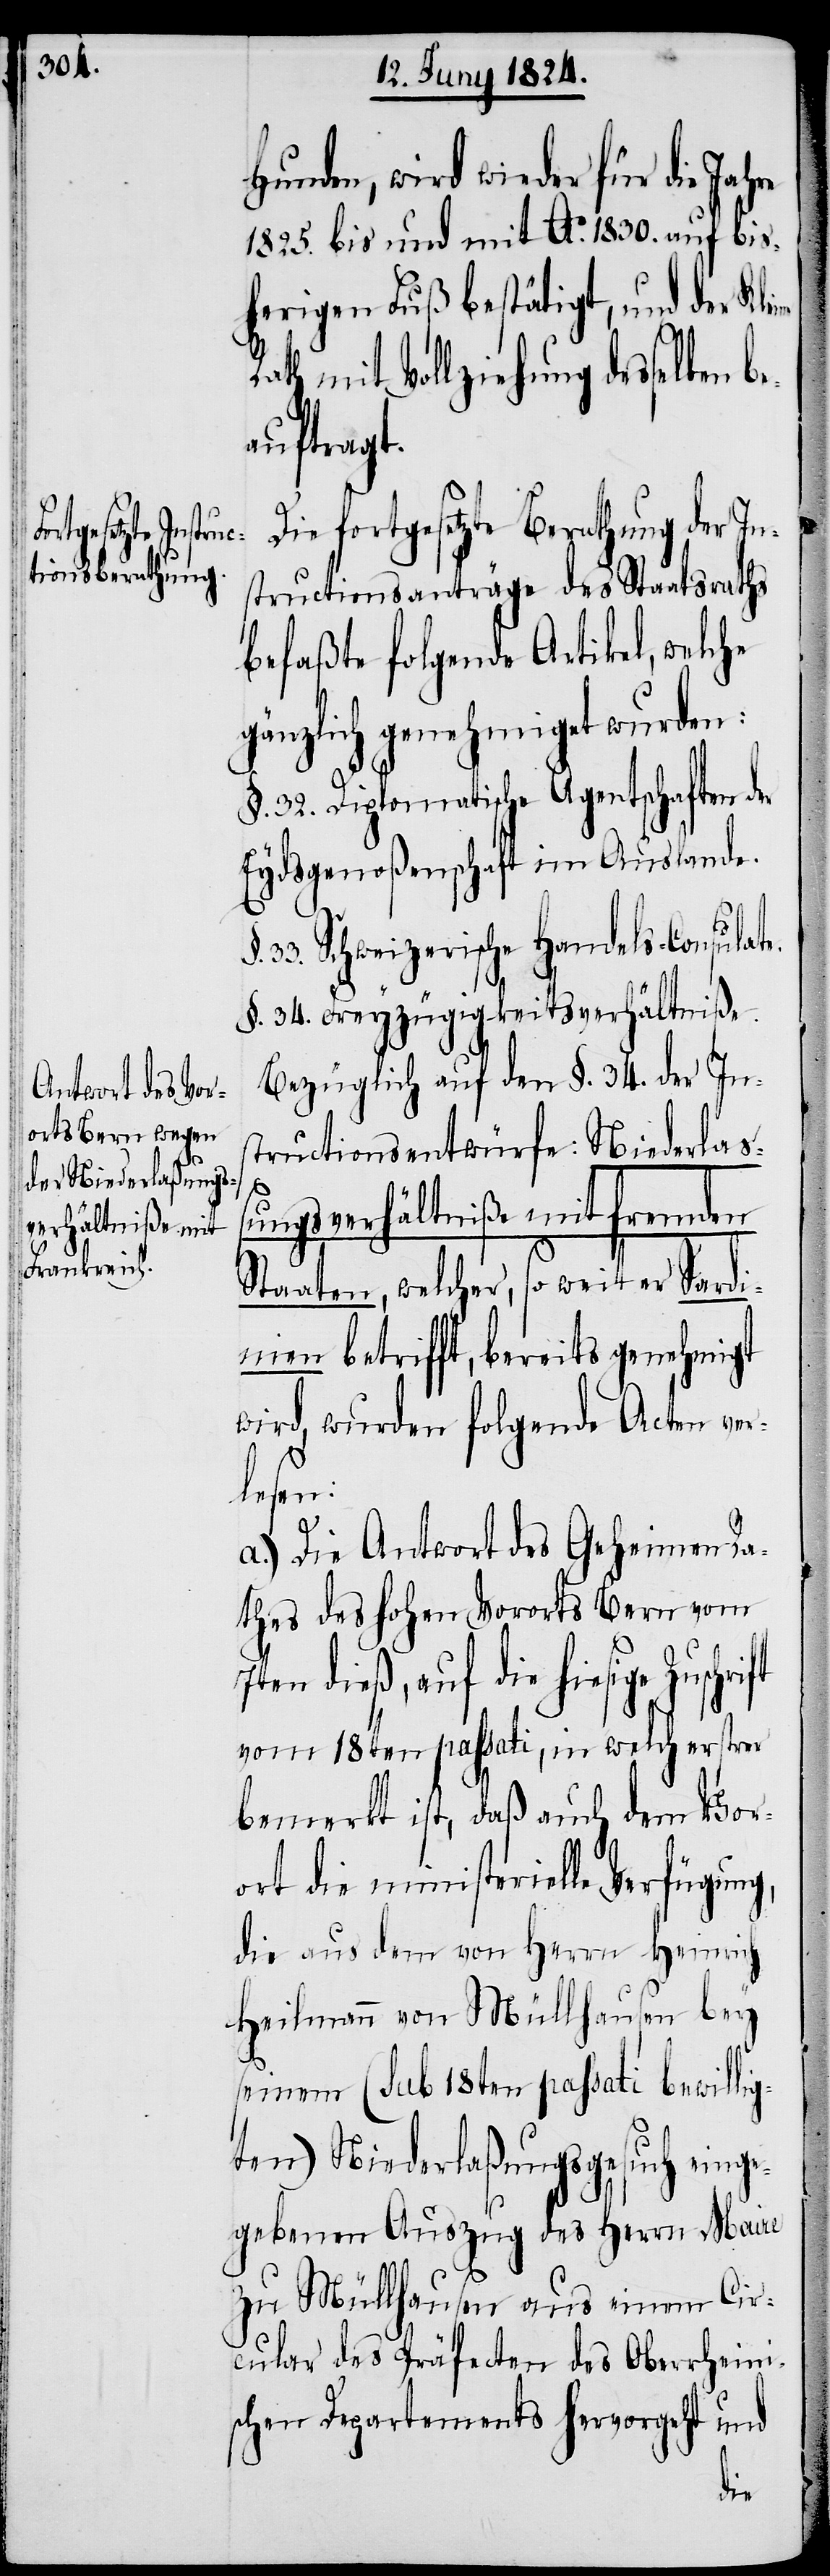
Hunden, wird wieder für die Jah¬
1825. bis und mit Ao. 1830. auf bis¬
herigen Fuß bestätigt, und der Kl¬
mit Vollziehung desselben b¬
eauftragt.
Die fortgesetzte Berathung der In¬
structionsanträge des Staatsraths
befaßte folgende Artikel, welche
gänzlich genehmiget wurden:
§. 32. Diplomatische Agentschaften d¬
Eydsgenoßenschaft im Auslande.
33. Schweizerische Handels-Consulat¬
§. 34. Freyzügigkeitsverhältniße.
Bezüglich auf dem §. 34. der Ins¬
tructionsentwürfe: Niederlaß¬
ungsverhältniße mit fremden
Staaten, welcher, so weit er Sardi¬
nien betrifft, bereits genehmigt
wird, wurden folgende Acten ver¬
lesen:
a.) Die Antwort des Geheimen Ra¬
thes des hohen Vororts Bern vom
auf die hiesige Zuschrift
vom 18ten passati, in welch erstrer
bemerkt ist, daß auch dem Vor¬
ort die ministerielle Verfügun¬
die aus dem von Herrn Heinrich
Heilmann von Müllhausen bey
seinem (sub 18ten passati bewilli¬
gten) Niederlaßungsgesuch einge¬
gebenen Auszug des Herrn Maire
zu Müllhausen aus einem Cir¬
cular des Präfecten des Oberrheini¬
schen Departements hervorgeht und
g,